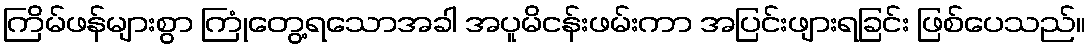
ကြိမ်ဖန်များစွာ ကြုံတွေ့ရသောအခါ အပူမိငန်းဖမ်းကာ အပြင်းဖျားရခြင်း ဖြစ်ပေသည်။